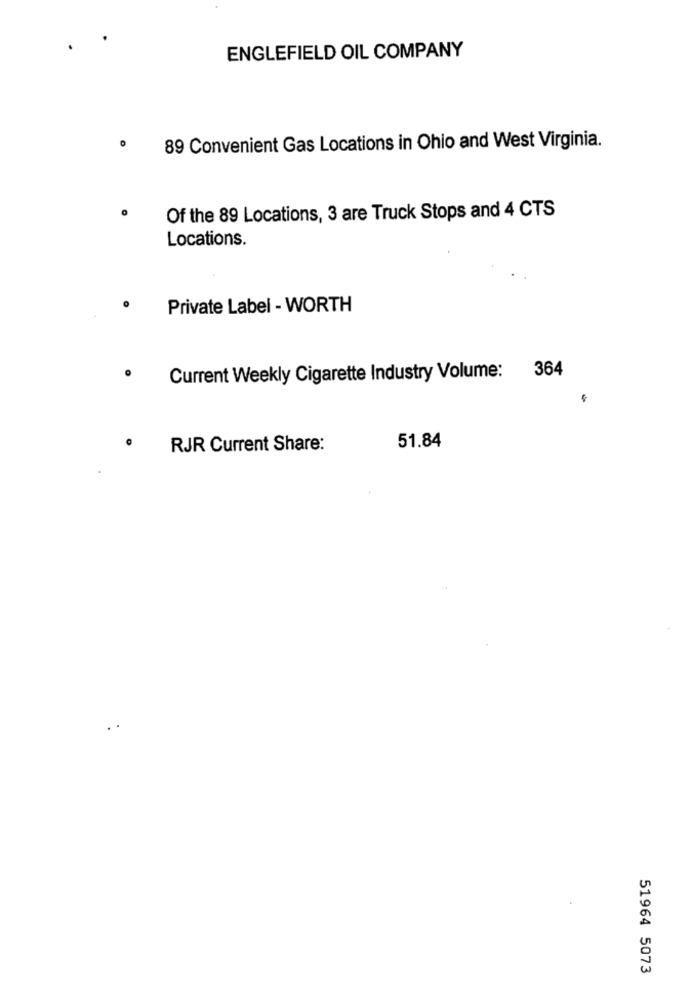
ENGLEFIELD OIL COMPANY
89 Convenient Gas Locations in Ohio and West Virginia.
Of the 89 Locations, 3 are Truck Stops and 4 CTS
Locations.
Private Label - WORTH
364
Current Weekly Cigarette Industry Volume:
RJR Current Share:
51.84
51964 5073